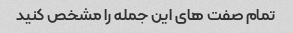
تمام صفت های این جمله را مشخص کنید